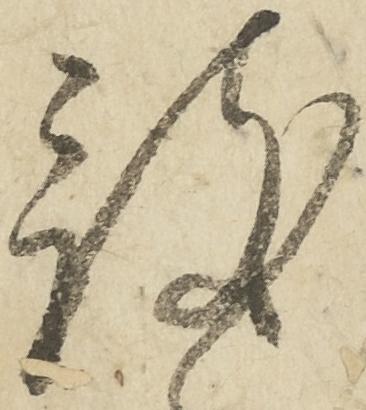
被